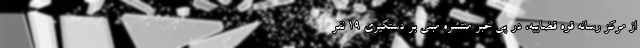
از مرکز رسانه قوه قضاییه، در پی خبر منتشره مبنی بر دستگیری ۱۹ نفر